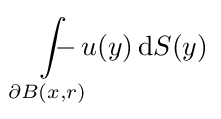
\int \limits _{\partial B(x,r)}\!\!\!\!\!\!\!\!\!-\,u(y)\,\mathrm {d} S(y)